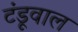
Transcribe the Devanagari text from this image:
टंडूवाल